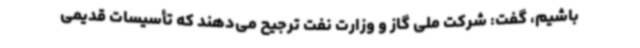
باشیم، گفت: شرکت ملی گاز و وزارت نفت ترجیح می‌دهند که تأسیسات قدیمی